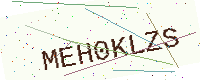
Text: MEH0KLZS